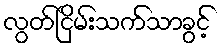
လွတ်ငြိမ်းသက်သာခွင့်